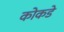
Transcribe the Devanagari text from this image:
कोकडे